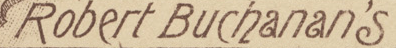
Robert Buchanan's